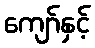
ကျော်နှင့်